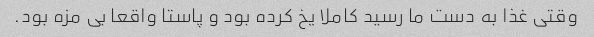
وقتی غذا به دست ما رسید کاملا یخ کرده بود و پاستا واقعا بی مزه بود.